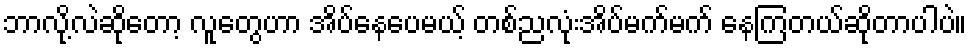
ဘာလို့လဲဆိုတော့ လူတွေဟာ အိပ်နေပေမယ့် တစ်ညလုံးအိပ်မက်မက် နေကြတယ်ဆိုတာပါပဲ။